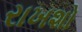
રાખશો